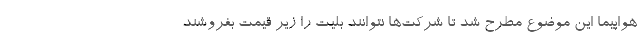
هواپیما این موضوع مطرح شد تا شرکت‌ها نتوانند بلیت را زیر قیمت بفروشند